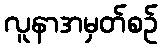
လူနာအမှတ်စဉ်